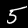
Digit: 5